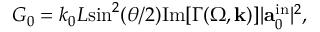
\begin{array} { r } { G _ { 0 } = k _ { 0 } L \mathrm { s i n } ^ { 2 } ( \theta / 2 ) \mathrm { I m } [ \Gamma ( \Omega , \mathbf { k } ) ] | \mathbf { a } _ { 0 } ^ { \mathrm { i n } } | ^ { 2 } , } \end{array}